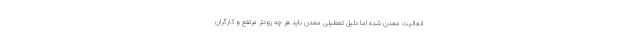
فعالیت معدن شده اما دلیل تعطیلی معدن باید هر چه زودتر مرتفع و کارگران